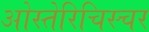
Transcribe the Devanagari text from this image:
ओस्तेरिचिस्चर